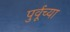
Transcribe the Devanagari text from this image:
पुर्वूच्या